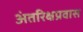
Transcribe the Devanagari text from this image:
अंतरिक्षप्रवास